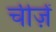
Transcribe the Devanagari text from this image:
चीजे़ें